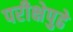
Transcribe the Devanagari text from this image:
परीक्षेपुढे